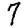
Digit: 7